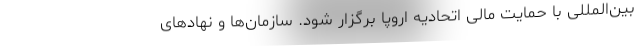
بین‌المللی با حمایت مالی اتحادیه اروپا برگزار شود. سازمان‌ها و نهادهای